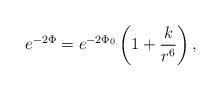
LaTeX: \begin{align*}e^{-2\Phi} = e^{-2\Phi_0}\left( 1 + \frac{k}{r^6}\right) ,\end{align*}